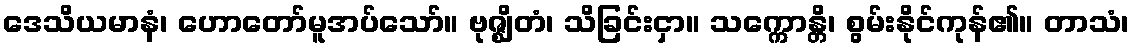
ဒေသိယမာနံ၊ ဟောတော်မူအပ်သော်။ ဗုဇ္ဈိတံ၊ သိခြင်းငှာ။ သက္ကောန္တိ၊ စွမ်းနိုင်ကုန်၏။ တာသံ၊